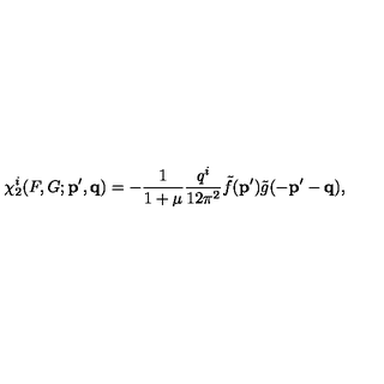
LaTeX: \chi _ { 2 } ^ { i } ( F , G ; { \bf p ^ { \prime } , q } ) = - \frac { 1 } { 1 + \mu } \frac { q ^ { i } } { 1 2 \pi ^ { 2 } } \tilde { f } ( { \bf p ^ { \prime } } ) \tilde { g } ( { \bf - p ^ { \prime } - q } ) ,